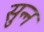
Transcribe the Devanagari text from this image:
सुन्‍न